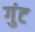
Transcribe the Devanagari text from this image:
गुंट